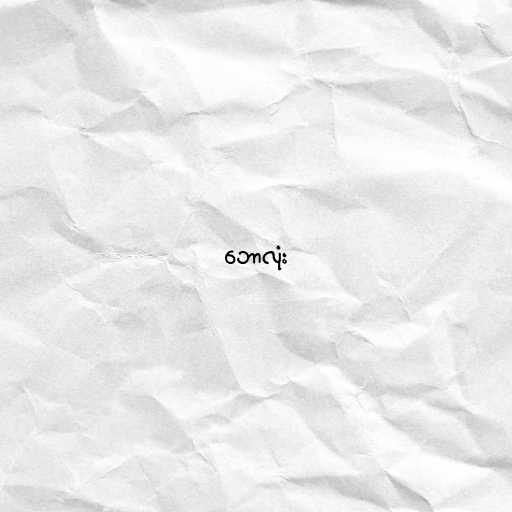
ဘောလုံး